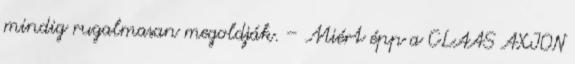
mindig rugalmasan megoldják. – Miért épp a CLAAS AXION